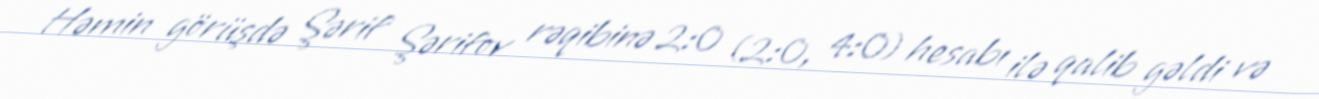
Həmin görüşdə Şərif Şərifov rəqibinə 2:0 (2:0, 4:0) hesabı ilə qalib gəldi və